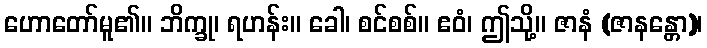
ဟောတော်မူ၏။ ဘိက္ခု၊ ရဟန်း။ ခေါ၊ စင်စစ်။ ဧဝံ၊ ဤသို့။ ဇာနံ (ဇာနန္တော)၊